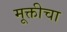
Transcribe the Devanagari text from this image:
मूक्तीचा